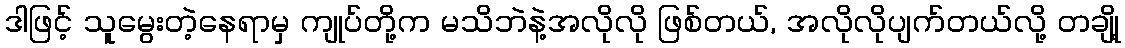
ဒါဖြင့် သူမွေးတဲ့နေရာမှ ကျုပ်တို့က မသိဘဲနဲ့အလိုလို ဖြစ်တယ်, အလိုလိုပျက်တယ်လို့ တချို့